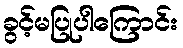
ခွင့်မပြုပါကြောင်း